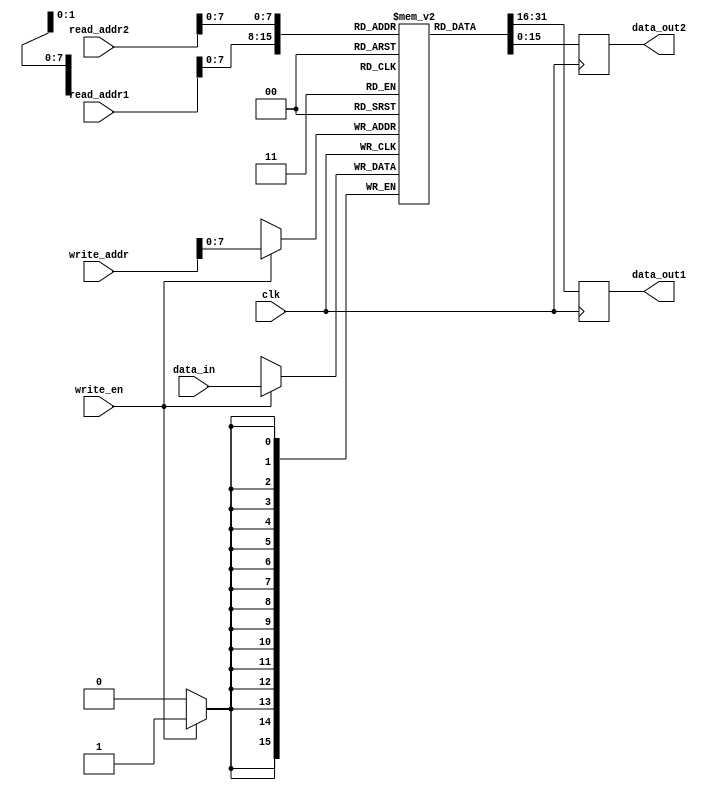
module register_file(
    input wire clk,
    input wire [15:0] read_addr1,
    input wire [15:0] read_addr2,
    input wire [15:0] write_addr,
    input wire [15:0] data_in,
    input wire write_en,
    output reg [15:0] data_out1,
    output reg [15:0] data_out2
);

reg [15:0] registers [0:255];

always @(posedge clk) begin
    if(write_en) begin
        registers[write_addr] <= data_in;
    end
    data_out1 <= registers[read_addr1];
    data_out2 <= registers[read_addr2];
end

endmodule